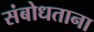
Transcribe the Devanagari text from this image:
संबोधताना